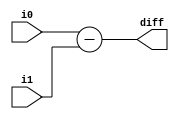
module sub32(/*AUTOARG*/
   // Outputs
   diff,
   // Inputs
   i0, i1
   );
   input [31:0] i0, i1;
   output [31:0] diff;

   /*AUTOWIRE*/
   /*AUTOREG*/

   assign diff = i0 - i1;

endmodule